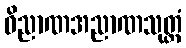
ဝိညာဏအညာဏသုတ္တံ